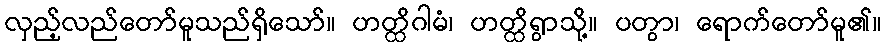
လှည့်လည်တော်မူသည်ရှိသော်။ ဟတ္ထိဂါမံ၊ ဟတ္ထိရွာသို့။ ပတွာ၊ ရောက်တော်မူ၏။